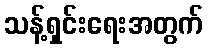
သန့်ရှင်းရေးအတွက်